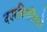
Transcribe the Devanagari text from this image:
कारकिर्दीतले